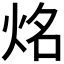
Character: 𰞔